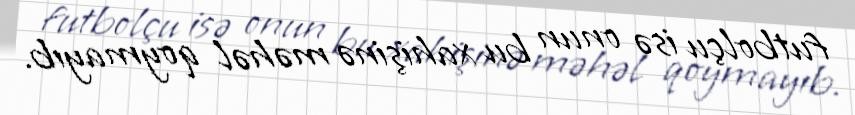
futbolçu isə onun bu xahişinə məhəl qoymayıb.